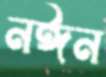
নঈন